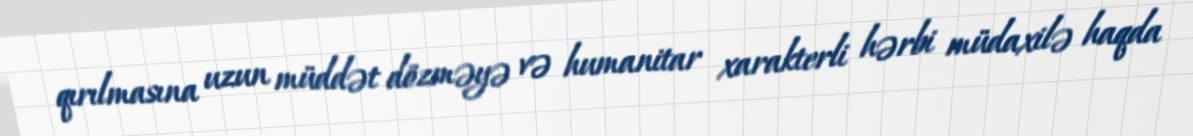
qırılmasına uzun müddət dözməyə və humanitar xarakterli hərbi müdaxilə haqda